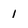
Character: 1